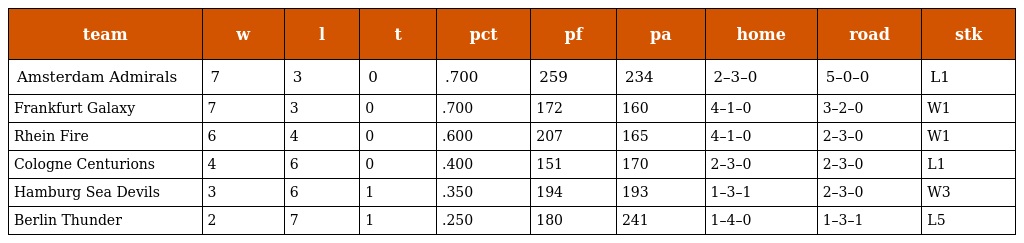
| team | w | l | t | pct | pf | pa | home | road | stk |
 | --- | --- | --- | --- | --- | --- | --- | --- | --- | --- |
 | Amsterdam Admirals | 7 | 3 | 0 | .700 | 259 | 234 | 2–3–0 | 5–0–0 | L1 |
 | Frankfurt Galaxy | 7 | 3 | 0 | .700 | 172 | 160 | 4–1–0 | 3–2–0 | W1 |
 | Rhein Fire | 6 | 4 | 0 | .600 | 207 | 165 | 4–1–0 | 2–3–0 | W1 |
 | Cologne Centurions | 4 | 6 | 0 | .400 | 151 | 170 | 2–3–0 | 2–3–0 | L1 |
 | Hamburg Sea Devils | 3 | 6 | 1 | .350 | 194 | 193 | 1–3–1 | 2–3–0 | W3 |
 | Berlin Thunder | 2 | 7 | 1 | .250 | 180 | 241 | 1–4–0 | 1–3–1 | L5 |